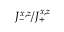
J _ { - } ^ { x , z } / J _ { + } ^ { x , z }